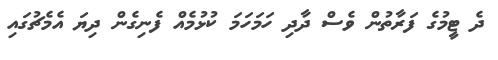
ދެ ޓީމުގެ ފަރާތުން ވެސް ދާދި ހަމަހަމަ ކުޅުމެއް ފެނިގެން ދިޔަ އެމެޗުގައި